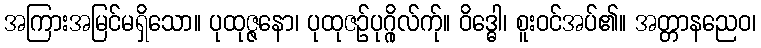
အကြားအမြင်မရှိသော။ ပုထုဇ္ဇနော၊ ပုထုဇဉ်ပုဂ္ဂိုလ်က်ု။ ဝိဒ္ဓေါ၊ စူးဝင်အပ်၏။ အတ္တာနညေဝ၊